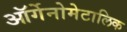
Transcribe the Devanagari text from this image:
ऑर्गेनोमेटालिक